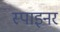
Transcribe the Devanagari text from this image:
स्पाइनर